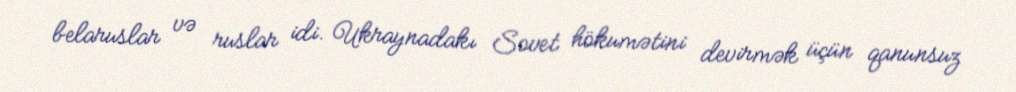
belaruslar və ruslar idi. Ukraynadakı Sovet hökumətini devirmək üçün qanunsuz